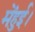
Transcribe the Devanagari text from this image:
मेंहुई।